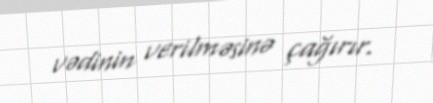
vədinin verilməsinə çağırır.